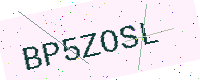
Text: BP5ZOSL